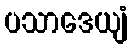
ပသာဒေယျံ